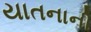
યાતનાની